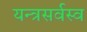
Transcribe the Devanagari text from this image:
यन्त्रसर्वस्व